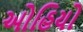
ઓહિયો